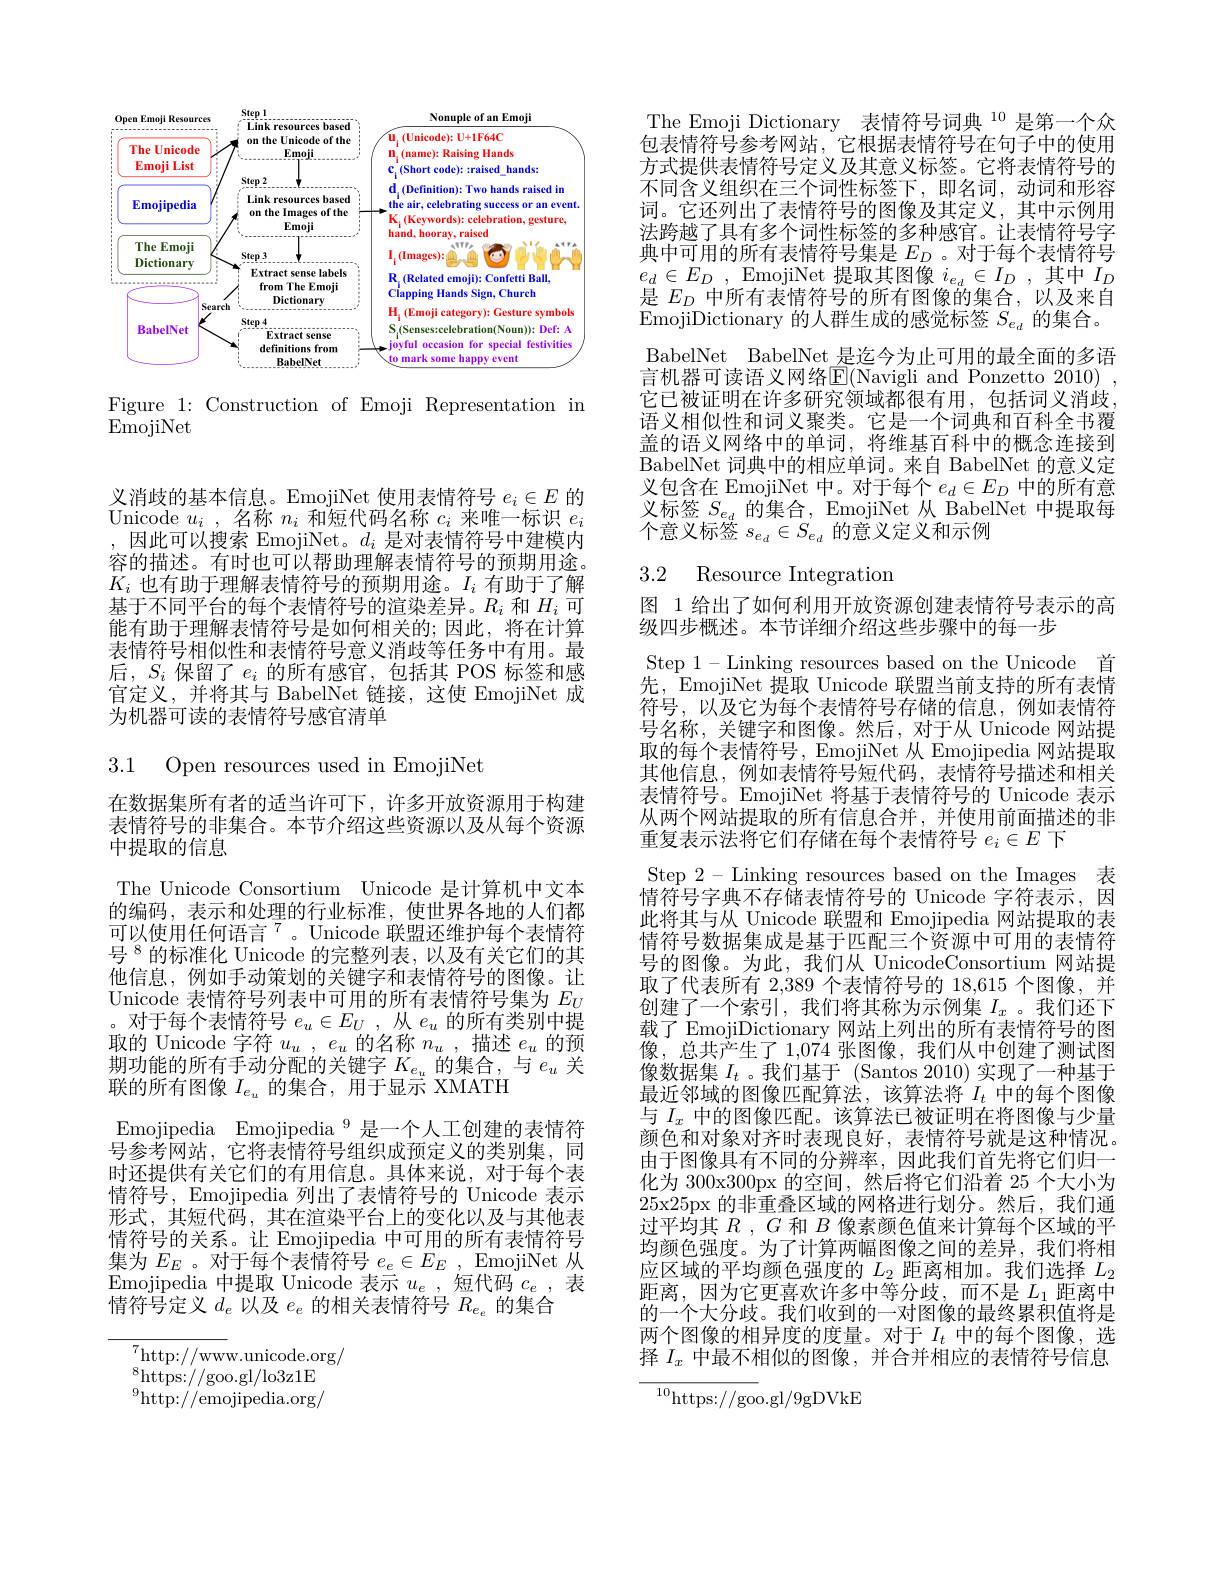
<FigureHere>

Figure 1: Construction of Emoji Representation in
$\bar{\mathrm{EmojiNet}}$

义消歧的基本信息。EmojiNet 使用表情符号$e_i\in E$的Unicode $u_{i}$ ,名称$n_{i}$和短代码名称$c_i$来唯一标识$e_i$ ,因此可以搜索 EmojiNet。$d_i$是对表情符号中建模内容的描述。有时也可以帮助理解表情符号的预期用途。$K_i$也有助于理解表情符号的预期用途。$I_i$有助于了解基于不同平台的每个表情符号的渲染差异。$R_i$和$H_i$可能有助于理解表情符号是如何相关的；因此，将在计算表情符号相似性和表情符号意义消歧等任务中有用。最后，$S_i$ 保留了$e_i$ 的所有感官，包括其 POS 标签和感官定义，并将其与 BabelNet 链接，这使 EmojiNet 成为机器可读的表情符号感官清单

3.1 Open resources used in EmojiNet

在数据集所有者的适当许可下，许多开放资源用于构建表情符号的非集合。本节介绍这些资源以及从每个资源中提取的信息
The Unicode Consortium Unicode 是计算机中文本的编码，表示和处理的行业标准，使世界各地的人们都可以使用任何语言$^{7}$。Unicode 联盟还维护每个表情符号$^{8}$的标准化 Unicode 的完整列表，以及有关它们的其他信息，例如手动策划的关键字和表情符号的图像。让Unicode 表情符号列表中可用的所有表情符号集为$E_{U}$ 。对于每个表情符号$e_u\in E_U$,从$e_u$的所有类别中提取的 Unicode 字符$u_u$ , $e_u$的名称$n_u$ ,描述$e_u$的预期功能的所有手动分配的关键字$K_{e_u}$的集合，与$e_u$关联的所有图像$I_{e_u}$的集合，用于显示 XMATH
Emojipedia Emojipedia $^{9}$是一个人工创建的表情符号参考网站，它将表情符号组织成预定义的类别集，同时还提供有关它们的有用信息。具体来说，对于每个表情符号，Emojipedia 列出了表情符号的 Unicode 表示形式，其短代码，其在渲染平台上的变化以及与其他表情符号的关系。让 Emojipedia 中可用的所有表情符号集为$E_E$。对于每个表情符号$e_e\in E_E$, EmojiNet 从Emojipedia 中提取 Unicode 表示$u_e$,短代码$c_e$,表情符号定义$d_e$以及$e_e$的相关表情符号$R_e_e$的集合

$^{7}$http://www.unicode.org/
${}_{0}^{8}$https://goo.gl/lo3z1E $^{9}$http://emojipedia.org/

The Emoji Dictionary 表情符号词典 $^{10}$是第一个众包表情符号参考网站，它根据表情符号在句子中的使用方式提供表情符号定义及其意义标签。它将表情符号的不同含义组织在三个词性标签下，即名词，动词和形容词。它还列出了表情符号的图像及其定义，其中示例用法跨越了具有多个词性标签的多种感官。让表情符号字典中可用的所有表情符号集是$E_D$ 。对于每个表情符号$e_{d}\in E_{D}$ , EmojiNet 提取其图像$i_{e_d}\in I_D$ ,其中$I_D$ 是$E_D$\_中所有表情符号的所有图像的集合，以及来自EmojiDictionary 的人群生成的感觉标签 $S_{e_d}$ 的集合。BabelNet BabelNet 是迄今为止可用的最全面的多语言机器可读语义网络E(Navigli and Ponzetto 2010)~, 它已被证明在许多研究领域都很有用，包括词义消歧， 语义相似性和词义聚类。它是一个词典和百科全书覆盖的语义网络中的单词，将维基百科中的概念连接到BabelNet 词典中的相应单词。来自 BabelNet 的意义定义包含在 EmojiNet 中。对于每个$e_d\in E_D$中的所有意义标签$S_{e_d}$的集合，EmojiNet 从 BabelNet 中提取每个意义标签$s_e_d\in S_{e_d}$的意义定义和示例

# 3.2 Resource Integration

图 1 给出了如何利用开放资源创建表情符号表示的高
级四步概述。本节详细介绍这些步骤中的每一步
Step 1-Linking resources based on the Unicode 首先，EmojiNet 提取 Unicode 联盟当前支持的所有表情符号，以及它为每个表情符号存储的信息，例如表情符号名称，关键字和图像。然后，对于从 Unicode 网站提取的每个表情符号，EmojiNet 从 Emojipedia 网站提取其他信息，例如表情符号短代码，表情符号描述和相关表情符号。EmojiNet 将基于表情符号的 Unicode 表示从两个网站提取的所有信息合并，并使用前面描述的非重复表示法将它们存储在每个表情符号$e_i\in E$下
Step 2- Linking resources based on the Images 表情符号字典不存储表情符号的 Unicode 字符表示，因此将其与从 Unicode 联盟和 Emojipedia 网站提取的表情符号数据集成是基于匹配三个资源中可用的表情符号的图像。为此，我们从 UnicodeConsortium 网站提取了代表所有 2,389 个表情符号的 18,615 个图像，并创建了一个索引，我们将其称为示例集$I_x$ 。我们还下载了 EmojiDictionary 网站上列出的所有表情符号的图像，总共产生了 1,074 张图像，我们从中创建了测试图像数据集$I_t$ 。我们基于 (Santos 2010) 实现了一种基于最近邻域的图像匹配算法，该算法将$I_t$中的每个图像与$I_x$中的图像匹配。该算法已被证明在将图像与少量颜色和对象对齐时表现良好，表情符号就是这种情况。由于图像具有不同的分辨率，因此我们首先将它们归一化为 300x300px 的空间，然后将它们沿着 25 个大小为25x25px 的非重叠区域的网格进行划分。然后，我们通过平均其$R,G$和$B$像素颜色值来计算每个区域的平均颜色强度。为了计算两幅图像之间的差异，我们将相应区域的平均颜色强度的$L_2$距离相加。我们选择$L_2$ 距离，因为它更喜欢许多中等分歧，而不是$L_1$距离中的一个大分歧。我们收到的一对图像的最终累积值将是两个图像的相异度的度量。对于$I_t$中的每个图像，选择$I_x$中最不相似的图像，并合并相应的表情符号信息${\frac{10}{\mathrm{https://goo.gl/9gDVkE}}}$